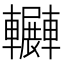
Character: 𨏲